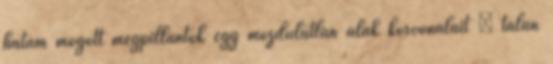
hátam mögött megpillantok egy mozdulatlan alak körvonalait – talán